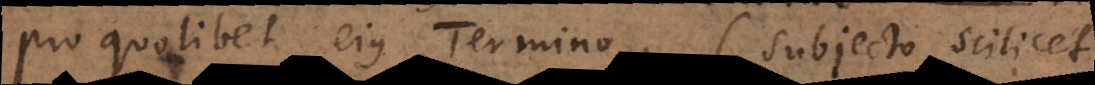
pro quolibet ejus Termino, subjecto scilicet